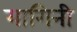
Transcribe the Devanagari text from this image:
यागिनी